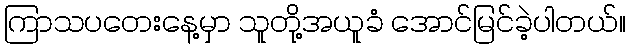
ကြာသပတေးနေ့မှာ သူတို့အယူခံ အောင်မြင်ခဲ့ပါတယ်။